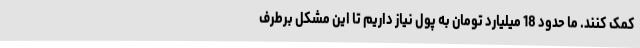
کمک کنند. ما حدود 18 میلیارد تومان به پول نیاز داریم تا این مشکل برطرف